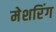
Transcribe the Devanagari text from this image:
मेशरिंग